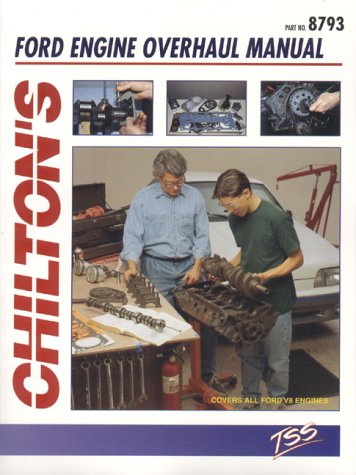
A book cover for Ford Engine Overhaul (Haynes Repair Manuals); Chilton; Engineering & Transportation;